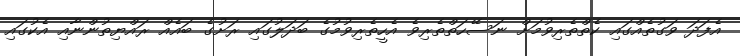
އެފަދަ ވަގުތެއްގައި ކެތްތެރިވުމަށް ނަސޭހަތްތެރިވެ އެހީތެރިވުމުގެ ބަދަލުގައި ރަށުގެ ބައެއް ރައްޔިތުންނާއި އެކުގައި